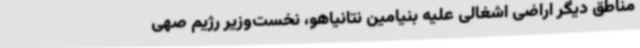
مناطق دیگر اراضی اشغالی علیه بنیامین نتانیاهو، نخست‌وزیر رژیم صهی